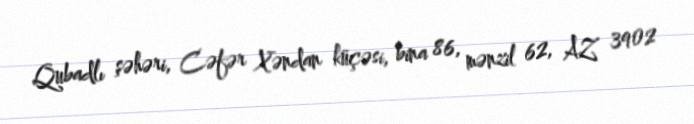
Qubadlı şəhəri, Cəfər Xəndan küçəsi, bina 86, mənzil 62, AZ 3902